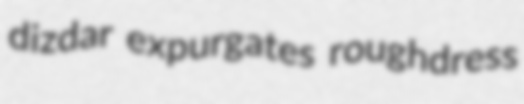
dizdar expurgates roughdress